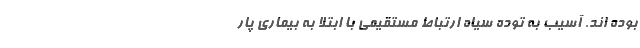
بوده اند. آسیب به توده سیاه ارتباط مستقیمی با ابتلا به بیماری پار